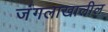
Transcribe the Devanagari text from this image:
जंगलाखालील